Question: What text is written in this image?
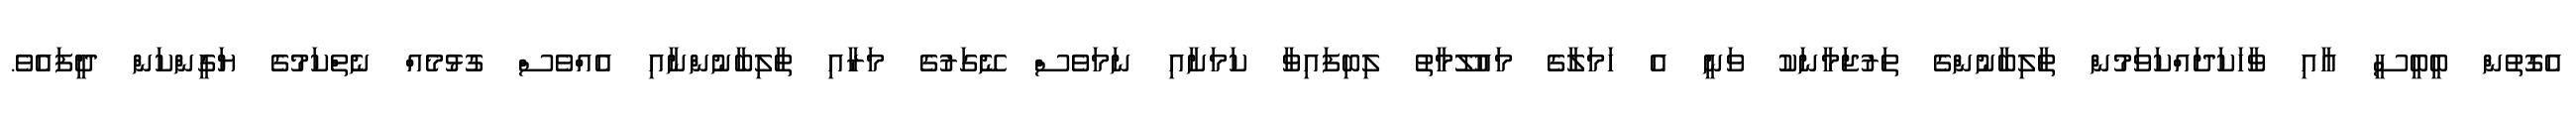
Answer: އެގޮތުން ބީބީސީ އާއި ވާހަކަދައްކަވަމުން ތާލިބާނުންގެ ތަރުޖަމާނަކު ވަނީ އެ ހަމަލާގެ މައުލޫމާތު ލިބިފައިވާ ކަމަށާއި ނަމަވެސް ނޭގަރުގެ މަރާއި ތާލިބާނުންނާއި އެއްވެސް ގުޅުމެއް ނެތްކަމުގެ ޔަގީންކަން ދީފައެވެ.